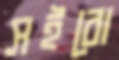
সইবো